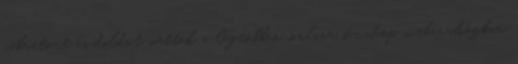
vibrátort és dildót vettek a legtöbben, online sexshop webáruházban